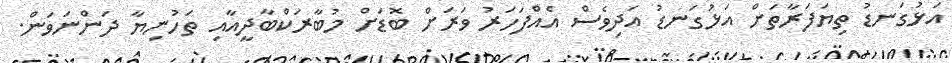
އަޅުގަނޑު ތިޔަފަރާތަށް އަޅުގަނޑު އަދިވެސް އެއްފަހަރު ވަރަށް ބޮޑަށް މުބާރަކްބާދީއާއި ތަހުނިޔާ ދަންނަވަން.